Papers set at the Examination for Leaving Certificates, 1889
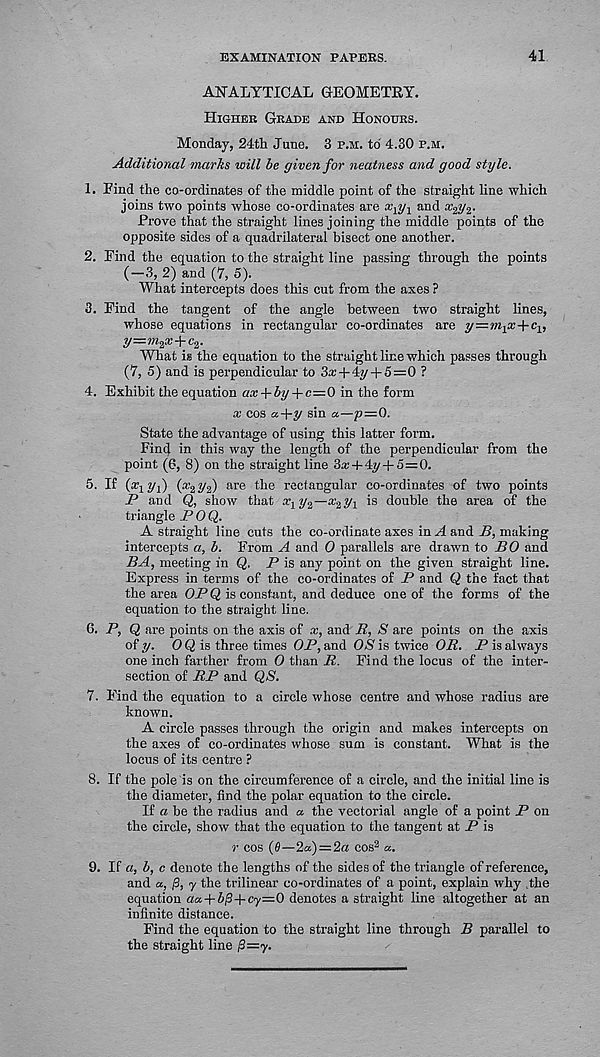
EXAMINATION PAPERS.
41
ANALYTICAL GEOMETRY.
Higher Grade and Honours.
Monday, 24th June. 3 p.m. to 4.30 p.m.
Additional marks will be given for neatness and good style.
1. Find the co-ordinates of the middle point of the straight line which
joins two points whose co-ordinates are x l y 1 and ap-
prove that the straight lines joining the middle points of the
opposite sides of a quadrilateral bisect one another.
2. Find the equation to the straight line passing through the points
(—3, 2) and (7, 5).
What intercepts does this cut from the axes ?
3. Find the tangent of the angle between two straight lines,
whose equations in rectangular co-ordinates are y=m 1 x+c v
y=?n 2 x+c 2 .
What is the equation to the straight line which passes through
(7, 5) and is perpendicular to 3x+4y + 5—0 ?
4. Exhibit the equation ax -l-by+c=0 in the form
x cos a+y sin a—p=0.
State the advantage of using this latter form.
Find in this way the length of the perpendicular from the
point (6, 8) on the straight line 3a: + 4y + 5 = 0.
5. If (aqt/j) (x 2 yf) are the rectangular co-ordinates of two points
P and Q, show that x x y 2 —is double the area of the
triangle POQ.
A straight line cuts the co-ordinate axes in A and P, making
intercepts a, b. From A and 0 parallels are drawn to BO and
BA, meeting in Q, P is any point on the given straight line.
Express in terms of the co-ordinates of P and Q the fact that
the area OPQ is constant, and deduce one of the forms of the
equation to the straight line.
6. P, Q are points on the axis of x, and R, S are points on the axis
of y. OQ is three times OP, and OS is twice OR. P is always
one inch farther from 0 tiian R. Find the locus of the inter-
section of RP and QS.
7. Find the equation to a circle whose centre and whose radius are
known.
A circle passes through the origin and makes intercepts on
the axes of co-ordinates whose sum is constant. What is the
locus of its centre ?
8. If the pole is on the circumference of a circle, and the initial line is
the diameter, find the polar equation to the circle.
If a be the radius and a the vectorial angle of a point P on
the circle, show that the equation to the tangent at P is
r cos (6—2a)=2a cos 2 a.
9. If a, b, c denote the lengths of the sides of the triangle of reference,
and a, fl, y the trilinear co-ordinates of a point, explain why the
equation aa+5/3-f cy=0 denotes a straight line altogether at an
infinite distance.
Find the equation to the straight line through B parallel to
the straight line p=y.